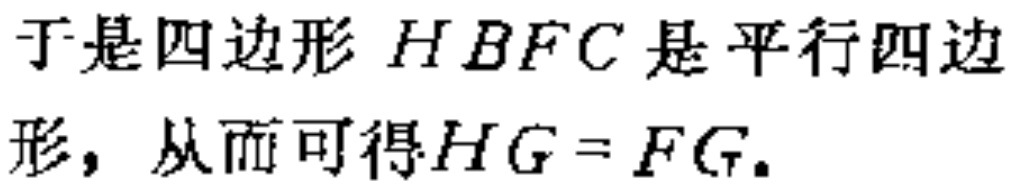
于是四边形 \(HBFC\) 是平行四边形，从而可得\(HG = FG\)。